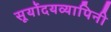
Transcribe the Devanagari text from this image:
सूर्योदयव्यापिनी